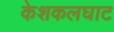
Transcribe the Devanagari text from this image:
केशकलघाट